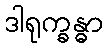
ဒါရုက္ခန္ဓာ